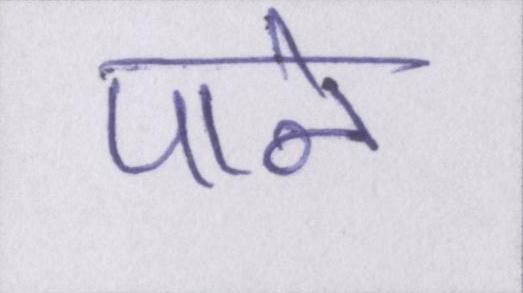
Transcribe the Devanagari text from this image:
पाने